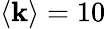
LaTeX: \langle\mathbf{k}\rangle=10